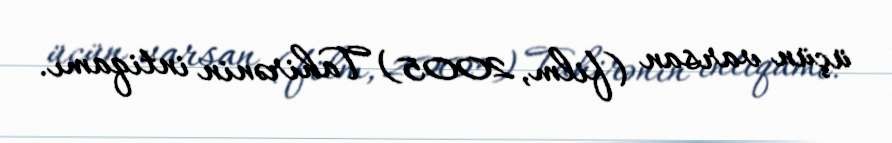
üçün varsan (film, 2005) Tahirənin intiqamı.